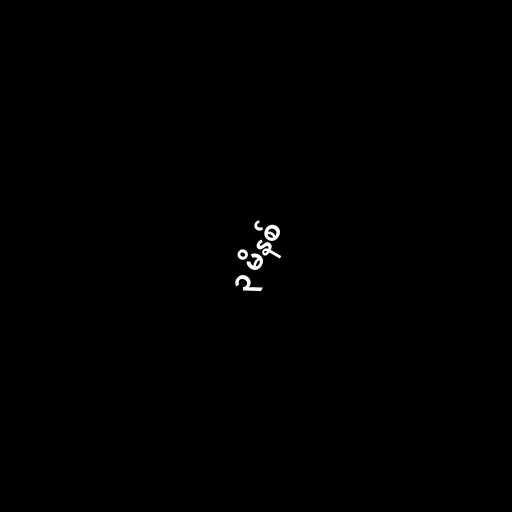
၃ မိနစ်